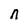
Character: n